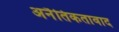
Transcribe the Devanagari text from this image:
अनैतिकतावाद